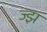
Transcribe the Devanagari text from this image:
ज्झ